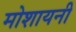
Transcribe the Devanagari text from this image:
मोशायनी